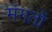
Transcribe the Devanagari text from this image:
मंगतों